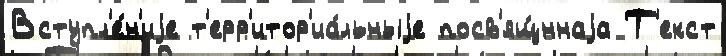
Вступл'е́н'иjе т'ерр'итор'иа́льныjе посв'ящ́ннаjа Т'екст